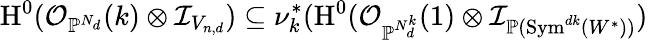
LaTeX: \operatorname{H}^{0}(\mathcal{O}_{\mathbb{P}^{N_{d}}}(k)\otimes\mathcal{I}_{V_{n,d}})\subseteq\nu_{k}^{*}(\operatorname{H}^{0}(\mathcal{O}_{\mathbb{P}^{N_{d}^{k}}}(1)\otimes\mathcal{I}_{\mathbb{P}(\operatorname{Sym}^{dk}(W^{\ast}))})